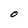
Character: O